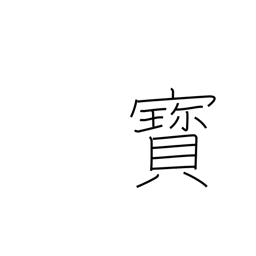
Meaning: rare